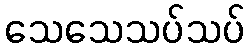
သေသေသပ်သပ်